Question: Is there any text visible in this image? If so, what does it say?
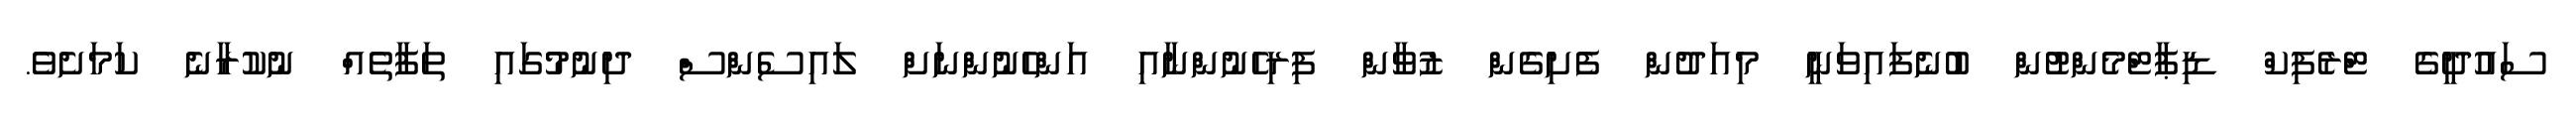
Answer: ސައުދީގެ ޓްރެފިކް ޑިޕާޓްމެންޓުން ބުނެފައިވަނީ މިއަދުން ފެށިގެން ޒުވާން ފިރިހެނުންނާއި އަންހެނުންނަށް ލައިސެންސް ދިނުމުގައި ތަފާތެއް ނުކުރާނެ ކަމަށެވެ.